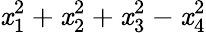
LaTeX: \mathit{x}_{1}^{2}+\mathit{x}_{2}^{2}+\mathit{x}_{3}^{2}-\mathit{x}_{4}^{2}